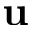
\textbf { u }